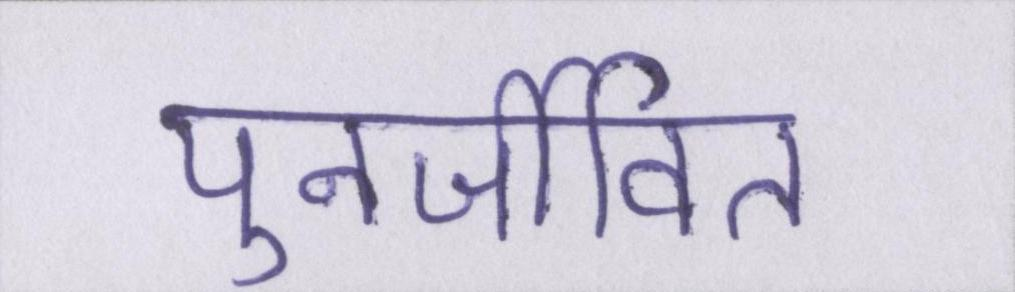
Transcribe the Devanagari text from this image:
पुनर्जीवित